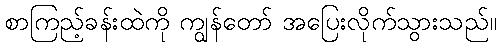
စာကြည့်ခန်းထဲကို ကျွန်တော် အပြေးလိုက်သွားသည်။